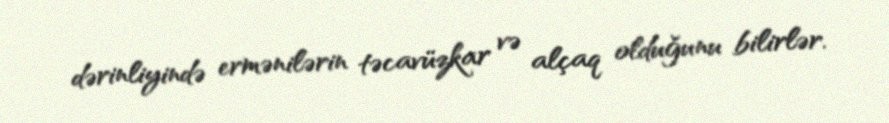
dərinliyində ermənilərin təcavüzkar və alçaq olduğunu bilirlər.